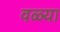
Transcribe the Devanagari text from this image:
वळ्या